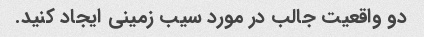
دو واقعیت جالب در مورد سیب زمینی ایجاد کنید.